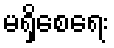
မရှိစေရေး